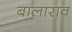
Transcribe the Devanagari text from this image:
बालाराव